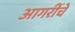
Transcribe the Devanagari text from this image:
आगरींचे